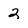
Character: 2